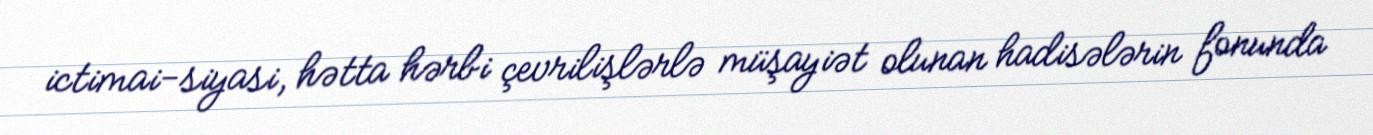
ictimai-siyasi, hətta hərbi çevrilişlərlə müşayiət olunan hadisələrin fonunda